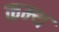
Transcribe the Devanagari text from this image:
कम्थ